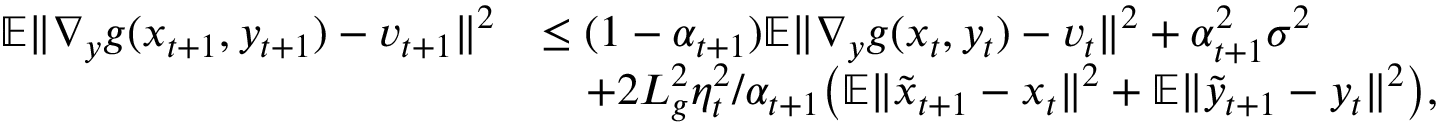
\begin{array} { r l } { \mathbb { E } \| \nabla _ { y } g ( x _ { t + 1 } , y _ { t + 1 } ) - v _ { t + 1 } \| ^ { 2 } } & { \leq ( 1 - \alpha _ { t + 1 } ) \mathbb { E } \| \nabla _ { y } g ( x _ { t } , y _ { t } ) - v _ { t } \| ^ { 2 } + \alpha _ { t + 1 } ^ { 2 } \sigma ^ { 2 } } \\ & { \quad + 2 L _ { g } ^ { 2 } \eta _ { t } ^ { 2 } / \alpha _ { t + 1 } \big ( \mathbb { E } \| \tilde { x } _ { t + 1 } - x _ { t } \| ^ { 2 } + \mathbb { E } \| \tilde { y } _ { t + 1 } - y _ { t } \| ^ { 2 } \big ) , } \end{array}